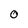
Character: 0